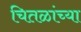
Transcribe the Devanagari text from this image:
चितळांच्या